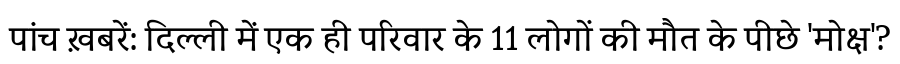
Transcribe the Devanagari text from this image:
पांच ख़बरें: दिल्ली में एक ही परिवार के 11 लोगों की मौत के पीछे 'मोक्ष'?